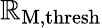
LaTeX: \mathbb{R}_{\mathrm{{M}},\mathrm{{thresh}}}